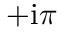
+ \mathrm { i } \pi